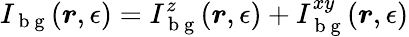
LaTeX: I_{\mathrm{~b~g~}}(\boldsymbol{r},\epsilon)=I_{\mathrm{~b~g~}}^{z}(\boldsymbol{r},\epsilon)+I_{\mathrm{~b~g~}}^{xy}(\boldsymbol{r},\epsilon)